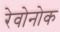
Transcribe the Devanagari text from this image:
रेवोनोक